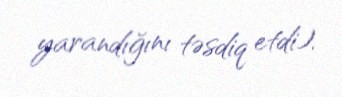
yarandığını təsdiq etdi).